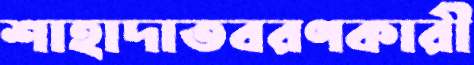
শাহাদাতবরণকারী